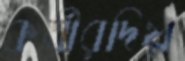
কর্ত্রীরদিয়